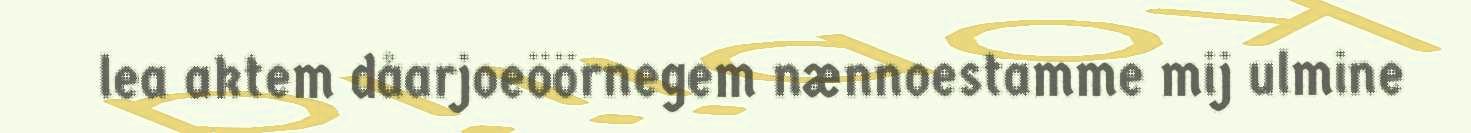
lea aktem dåarjoeöörnegem nænnoestamme mij ulmine